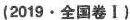
(2019·全国卷Ⅰ)